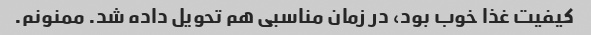
کیفیت غذا خوب بود، در زمان مناسبی هم تحویل داده شد. ممنونم.